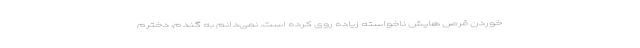
خوردن قرص هایش ناخواسته زیاده روی کرده است. نمی‌دانم به گندم، دخترم